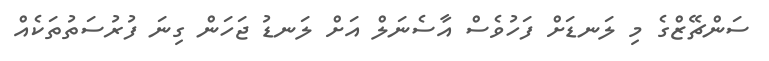
ސަންޗޭޒްގެ މި ލަނޑަށް ފަހުވެސް އާސެނަލް އަށް ލަނޑު ޖަހަން ގިނަ ފުރުސަތުތަކެއް